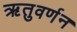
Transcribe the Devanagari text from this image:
ऋतुवर्णन